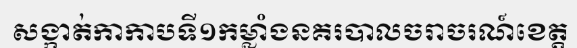
សង្កាត់កាកាបទី១កម្លាំងនគរបាលចរាចរណ៍ខេត្ត